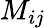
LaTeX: M_{ij}